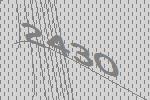
2430